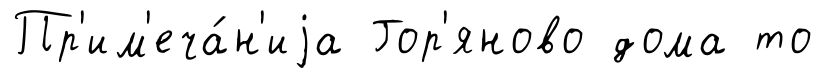
Пр'им'еча́н'иjа Гор'яново дома то